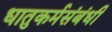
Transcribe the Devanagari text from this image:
धातुकर्मसंबंधी